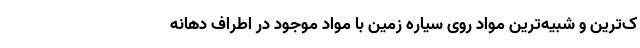
ک‌ترین و شبیه‌ترین مواد روی سیاره زمین با مواد موجود در اطراف دهانه